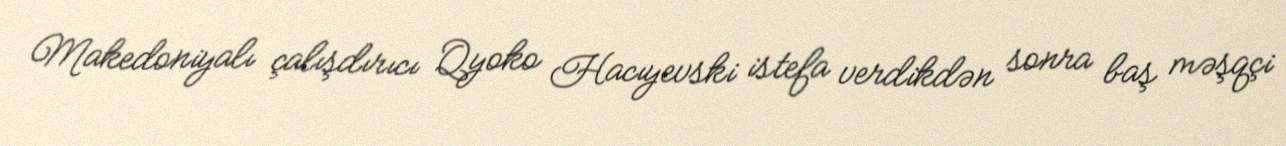
Makedoniyalı çalışdırıcı Qyoko Hacıyevski istefa verdikdən sonra baş məşqçi